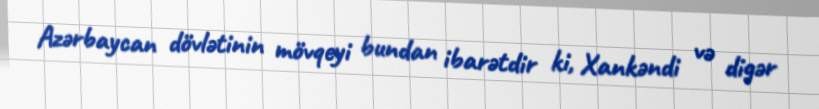
Azərbaycan dövlətinin mövqeyi bundan ibarətdir ki, Xankəndi və digər